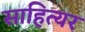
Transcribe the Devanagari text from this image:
साहित्यर